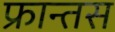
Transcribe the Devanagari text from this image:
फ्रान्तस